Scottish Leaving Certificate Examination, 1961
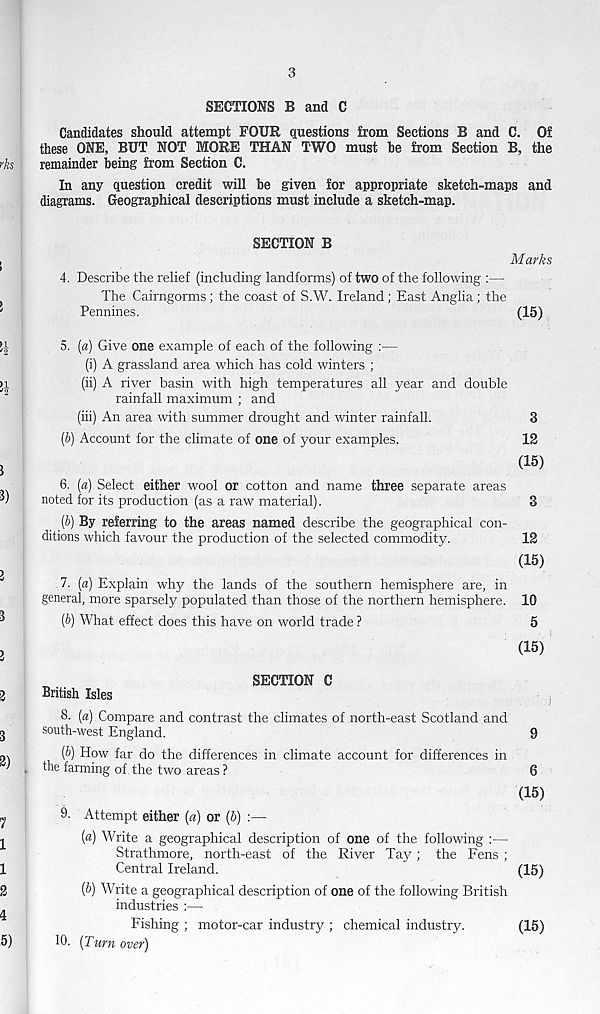
3
SECTIONS B and C
Candidates should attempt FOUR questions from Sections B and C. Of
these ONE, BUT NOT MORE THAN TWO must he from Section B, the
remainder being from Section C.
In any question credit will be given for appropriate sketch-maps and
diagrams. Geographical descriptions must include a sketch-map.
SECTION B
Marks
4. Describe the relief (including landforms) of two of the following :—
The Cairngorms; the coast of S.W. Ireland; East Anglia; the
Pennines.
(15)
5. [a) Give one example of each of the following :—
(i) A grassland area which has cold winters ;
(ii) A river basin with high temperatures all year and double
rainfall maximum ; and
(iii) An area with summer drought and winter rainfall.
3
(J) Account for the climate of one of your examples.
12
(15)
6. (a) Select either wool or cotton and name three separate areas
noted for its production (as a raw material).
3
(b) By referring to the areas named describe the geographical con-
ditions which favour the production of the selected commodity.
12
(15)
7. (a) Explain why the lands of the southern hemisphere are, in
general, more sparsely populated than those of the northern hemisphere. 10
{b) What effect does this have on world trade ?
5
(15)
SECTION C
British Isles
8. (a) Compare and contrast the climates of north-east Scotland and
south-west England.
(b) How far do the differences in climate account for differences in
the farming of the two areas ?
9. Attempt either («) or (b) :—
(a) Write a geographical description of one of the following :—
Strathmore, north-east of the River Tay; the Fens ;
Central Ireland.
(b) Write a geographical description of one of the following British
industries :—
Fishing ; motor-car industry ; chemical industry.
10. [Turn over)
9
6
(15)
(15)
(15)